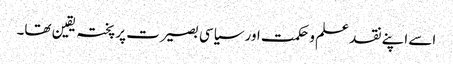
اسے اپنے نقد علم و حکمت اور سیاسی بصیرت پر پختہ یقین تھا۔